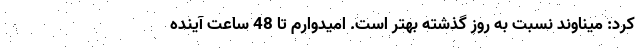
کرد: میناوند نسبت به روز گذشته بهتر است. امیدوارم تا 48 ساعت آینده